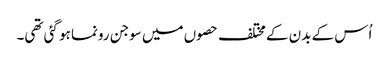
اُس کے بدن کے مختلف حصوں میں سوجن رونما ہو گئی تھی۔